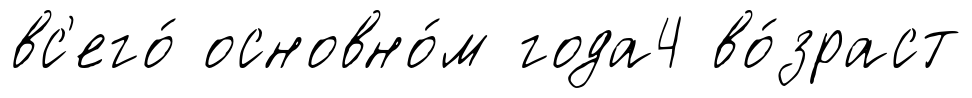
вс'его́ основно́м года4 во́зраст